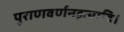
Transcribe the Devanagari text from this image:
पुराणवर्णनइत्यादि।